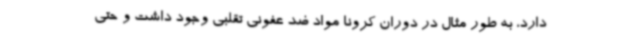
دارد، به طور مثال در دوران کرونا مواد ضد عفونی تقلبی وجود داشت و حتی